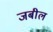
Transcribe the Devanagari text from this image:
जबील